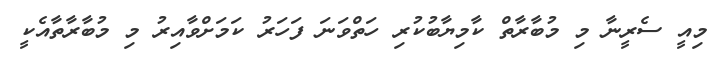
މިއީ ސެރީނާ މި މުބާރާތް ކާމިޔާބުކުރި ހަތްވަނަ ފަހަރު ކަމަށްވާއިރު މި މުބާރާތާއެކީ